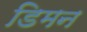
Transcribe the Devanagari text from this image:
डिमन